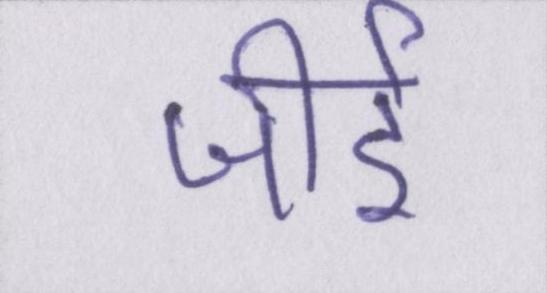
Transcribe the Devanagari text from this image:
जीर्इ